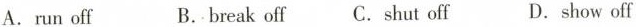
A.run off B.break off C. Shut off D.show off